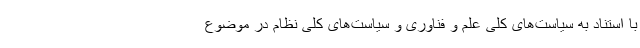
با استناد به سیاست‌های کلی علم و فناوری و سیاست‌های کلی نظام در موضوع